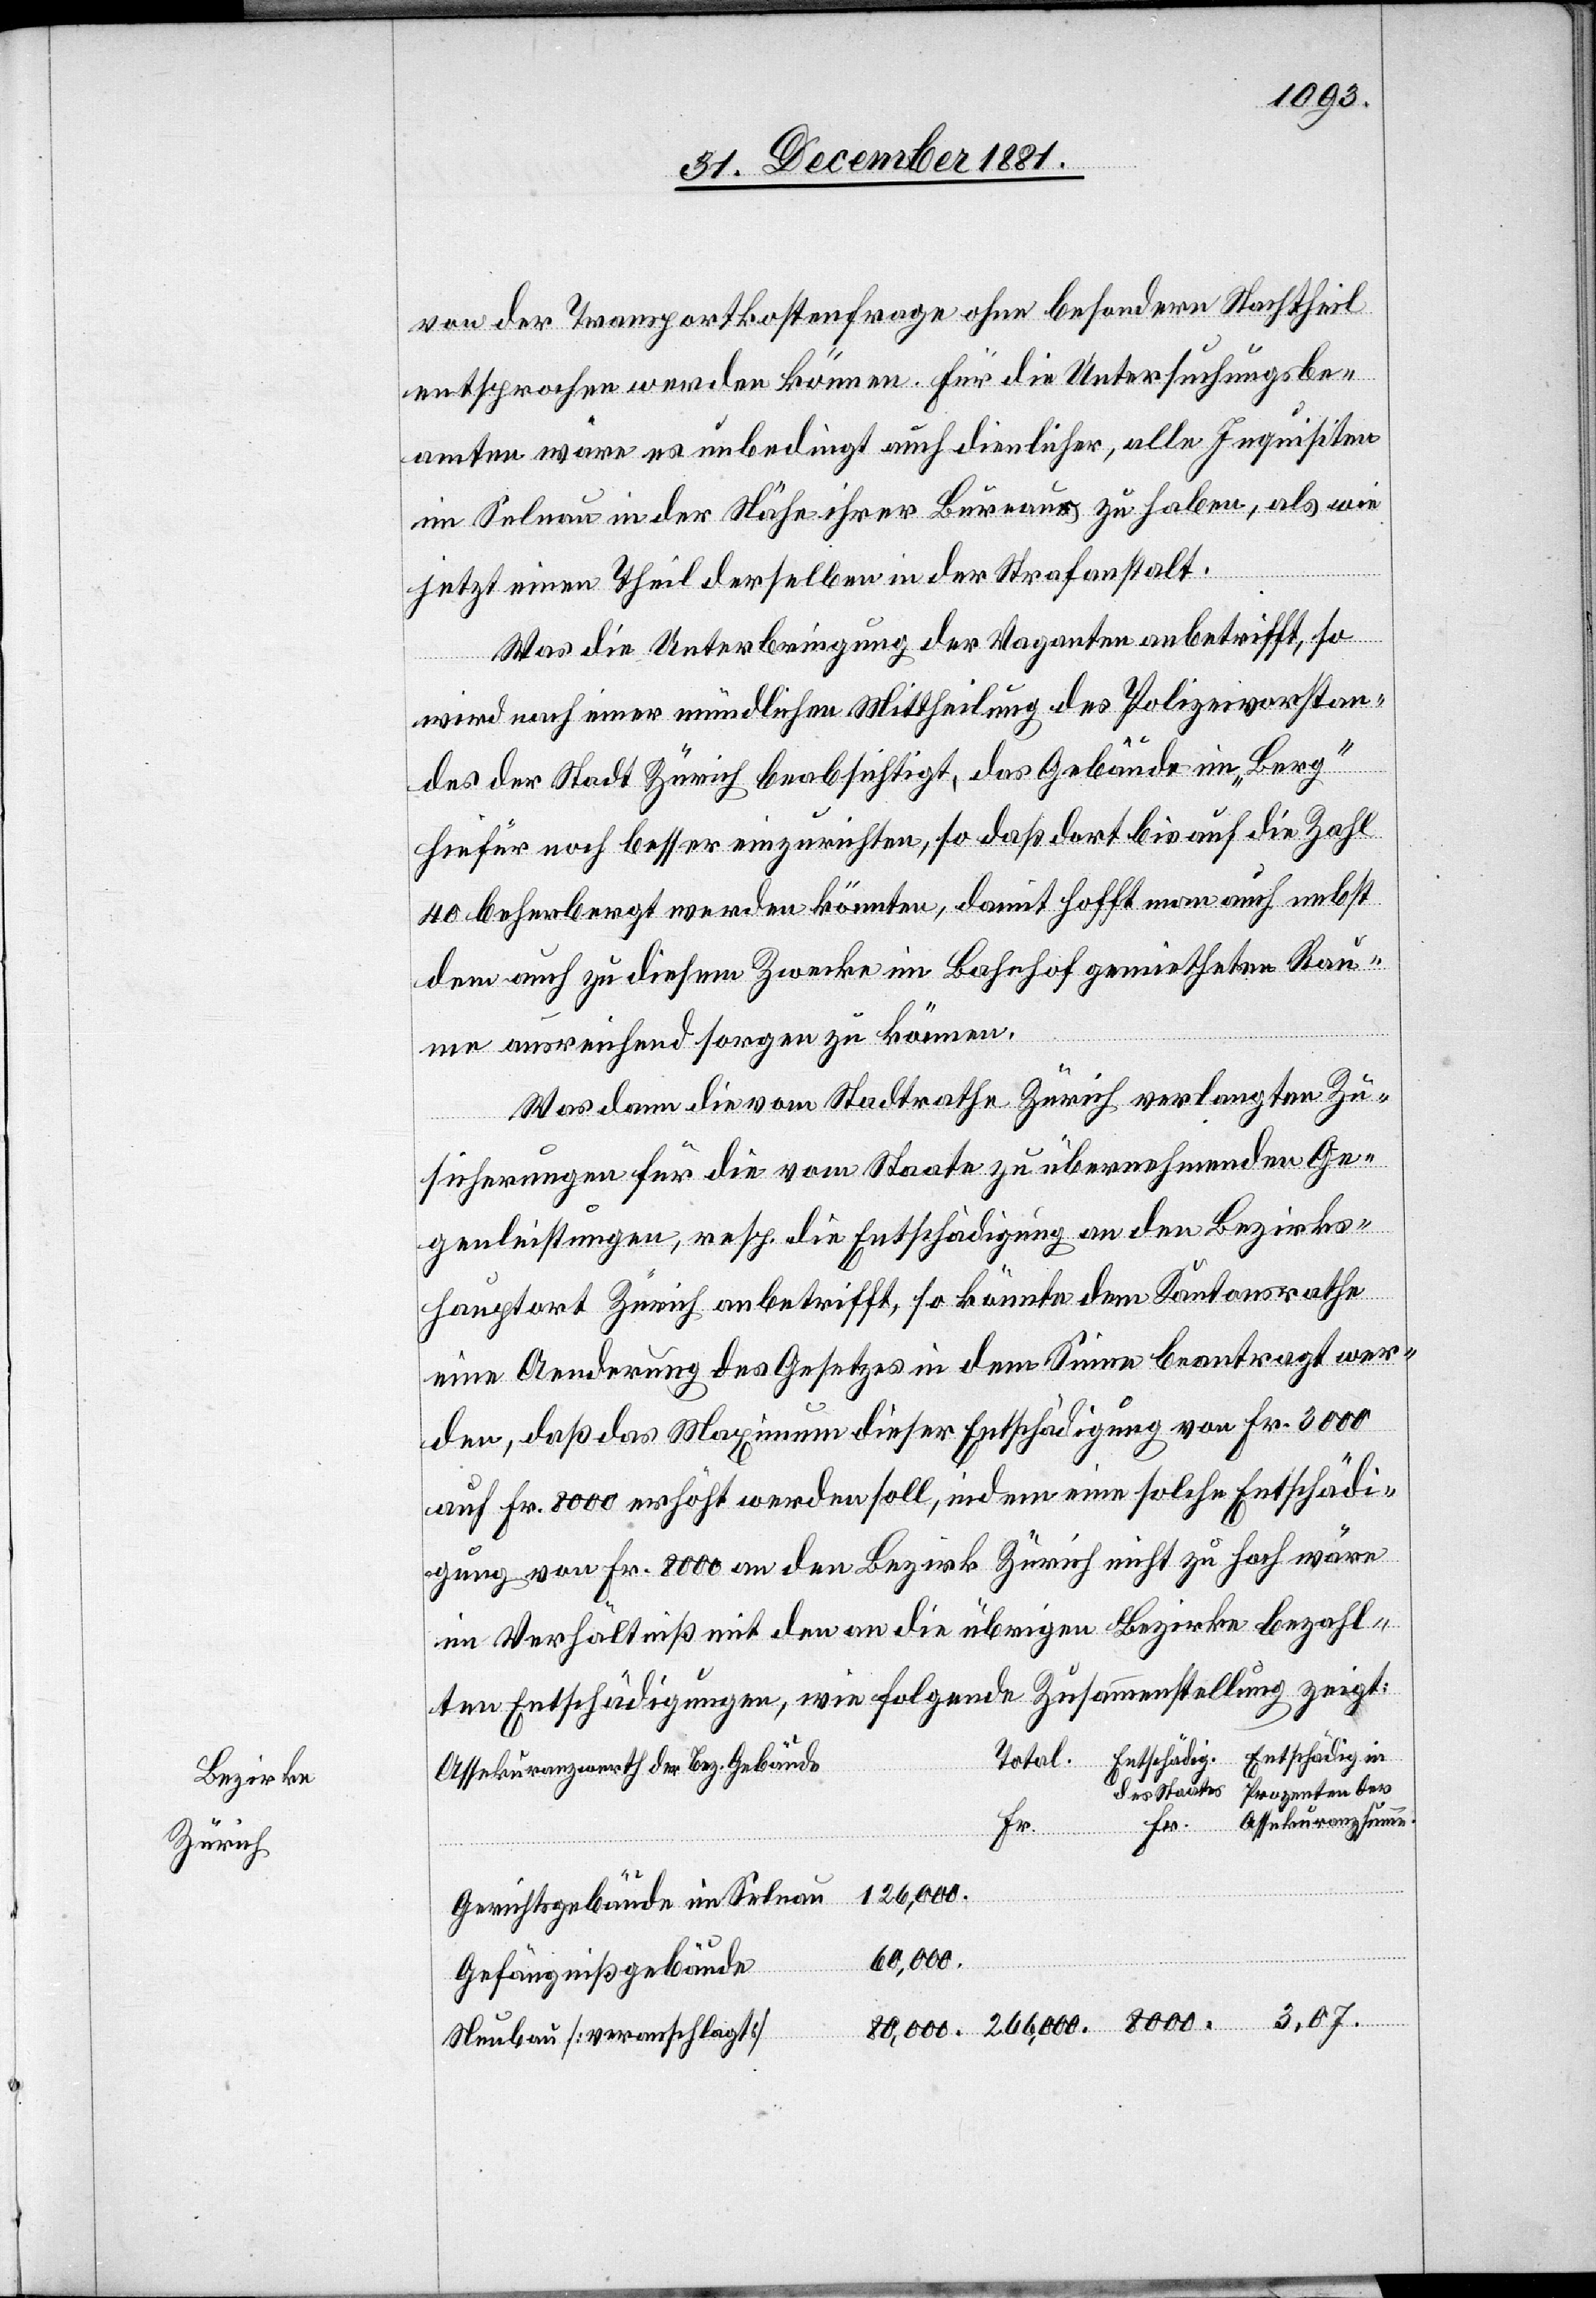
Bezirke
Zürich

von der Transportkostenfrage ohne besondern Nachtheil
entsprochen werden können. Für die Untersuchungsbe¬
amten wäre es unbedingt auch dienlicher, alle Inquisiten
im Selnau in der Nähe ihrer Bureaus zu haben, als wie
jetzt einen Theil derselben in der Strafanstalt.
Was die Unterbringung der Vaganten anbetrifft, so
ädig.
wird nach einer mündlichen Mittheilung des Polizeivorstan¬
des der Stadt Zürich beabsichtigt, das Gebäude im „Berg“
hiefür noch besser einzurichten, so daß dort bis auf die Zahl
40 beherbergt werden könnten, damit hofft man auch nebst
dem auch zu diesem Zwecke im Bahnhof gemietheten Rau¬
me ausreichend sorgen zu können.
Was dann die vom Stadtrathe Zürich verlangten Zu¬
sicherungen für die vom Staate zu übernehmenden Ge¬
genleistungen, resp. die Entschädigung an den Bezirks¬
hauptort Zürich anbetrifft, so könnte dem Kantonsrathe
eine Aenderung des Gesetzes in dem Sinne beantragt wer¬
den, daß das Maximum dieser Entschädigung von Fr. 3000
auf Fr. 8000 erhöht werden soll, indem eine solche Entschädi¬
gung von Fr. 8000 an den Bezirk Zürich nicht zu hoch wäre
im Verhältniß mit den an die übrigen Bezirke bezahl¬
ten Entschädigungen, wie folgende Zusammenstellung zeigt:
Assekuranzwerth der Bez. Gebäude
Prozenten der
des Staates
126,000.
Gerichtsgebäude im Selnau
266,000.
Gefängnißgebäude
Neubau [veranschlagt]